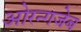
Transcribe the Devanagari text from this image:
ओरन्गजेब